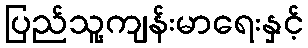
ပြည်သူ့ကျန်းမာရေးနှင့်